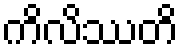
ကိလိဿတိ